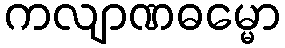
ကလျာဏဓမ္မော